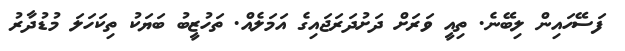
ފަސޭހައިން ލިބޭނެ. ތިއީ ވަރަށް ދަށުދަރަޖައިގެ އަމަލެއް. ތަހުޒީބު ބަޔަކު ތިކަހަލަ މުޑުދާރު